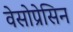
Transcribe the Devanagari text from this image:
वेसोप्रेसिन